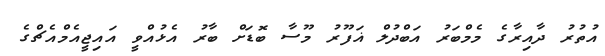
އުތުރު ދާއިރާގެ މެމްބަރު އަބްދުލް ޣަފޫރު މޫސާ ބޮޑަށް ބާރު އެޅުއްވީ އައިޖީއެމްއެޗްގެ